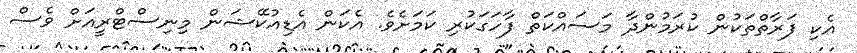
އެކި ފަރާތްތަކުން ކުރަމުންދާ މަސައްކަތް ފާހަގަކުރި ކަމަށެވެ. އެކަން އެޑިއުކޭޝަން މިނިސްޓްރީއަށް ވެސް